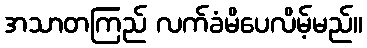
အသာတကြည် လက်ခံမိပေလိမ့်မည်။